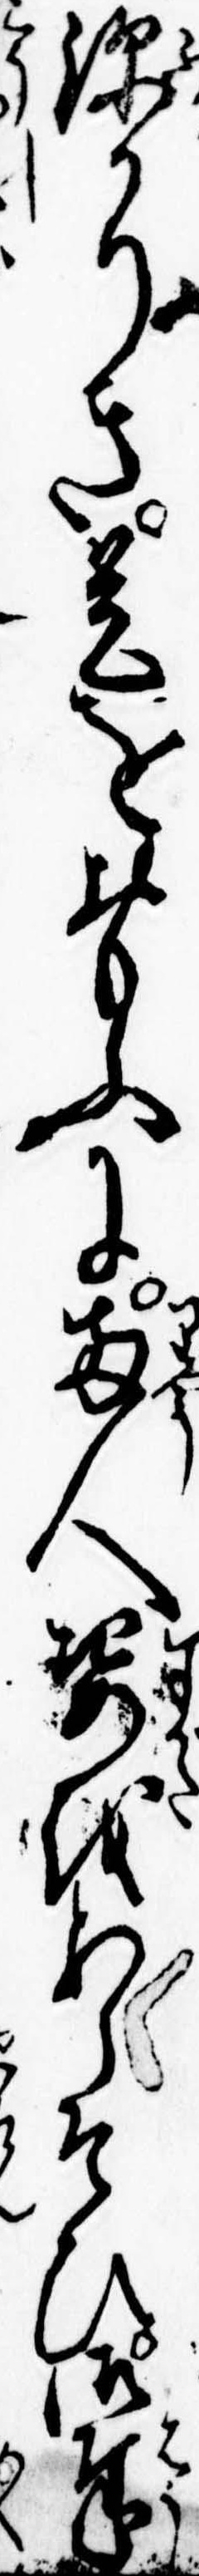
深かりき是をおもふに両人姿をあらそひ御奉